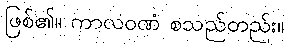
ဖြစ်၏။ ကာလဝဏံ စသည်တည်း။